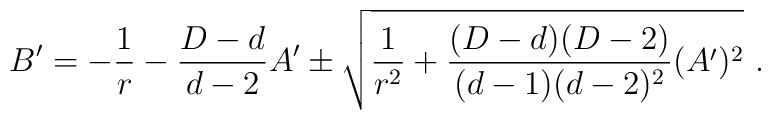
B^\prime=-{1\over r}-{{D-d}\over{d-2}} A^\prime\pm \sqrt{{1\over r^2}+{(D-d)(D-2)\over (d-1)(d-2)^2} (A^\prime)^2 }~.